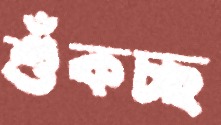
শুঁকচ্ছ